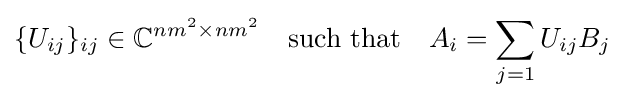
\{U_{ij}\}_{ij}\in \mathbb {C} ^{nm^{2}\times nm^{2}}\quad {\text{such that}}\quad A_{i}=\sum _{j=1}U_{ij}B_{j}